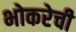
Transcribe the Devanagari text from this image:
भोकरेची